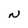
Character: N